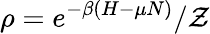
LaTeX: \rho=e^{-\beta(H-\mu N)}/\mathcal{Z}